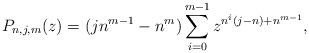
LaTeX: \begin{align*}P_{n,j,m}(z)=(jn^{m-1}-n^m)\sum_{i=0}^{m-1}z^{n^i(j-n)+n^{m-1}},\end{align*}